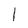
Character: l